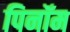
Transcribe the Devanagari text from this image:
पिनॉम